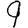
Digit: 9